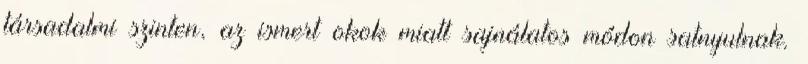
társadalmi szinten, az ismert okok miatt sajnálatos módon satnyulnak.